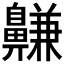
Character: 𪖳